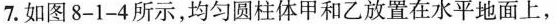
7.如图8-1-4所示，均匀圆柱体甲和乙放置在水平地面上，